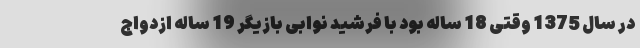
در سال 1375 وقتی 18 ساله بود با فرشید نوابی بازیگر 19 ساله ازدواج